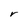
Character: r